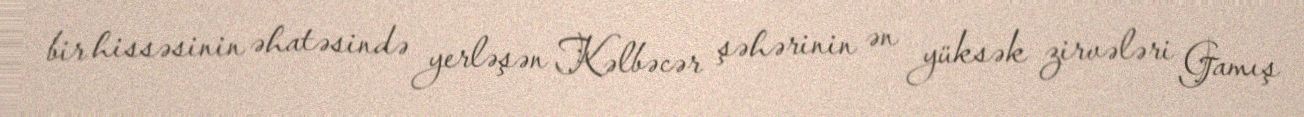
bir hissəsinin əhatəsində yerləşən Kəlbəcər şəhərinin ən yüksək zirvələri Gamış